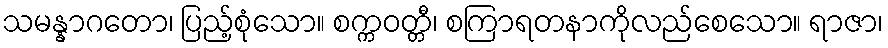
သမန္နာဂတော၊ ပြည့်စုံသော။ စက္ကဝတ္တီ၊ စကြာရတနာကိုလည်စေသော။ ရာဇာ၊